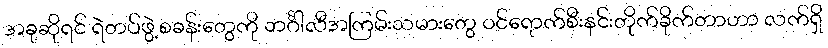
အခုဆိုရင် ရဲတပ်ဖွဲ့စခန်းတွေကို ဘင်္ဂါလီအကြမ်းသမားတွေ ဝင်ရောက်စီးနင်းတိုက်ခိုက်တာဟာ လက်ရှိ